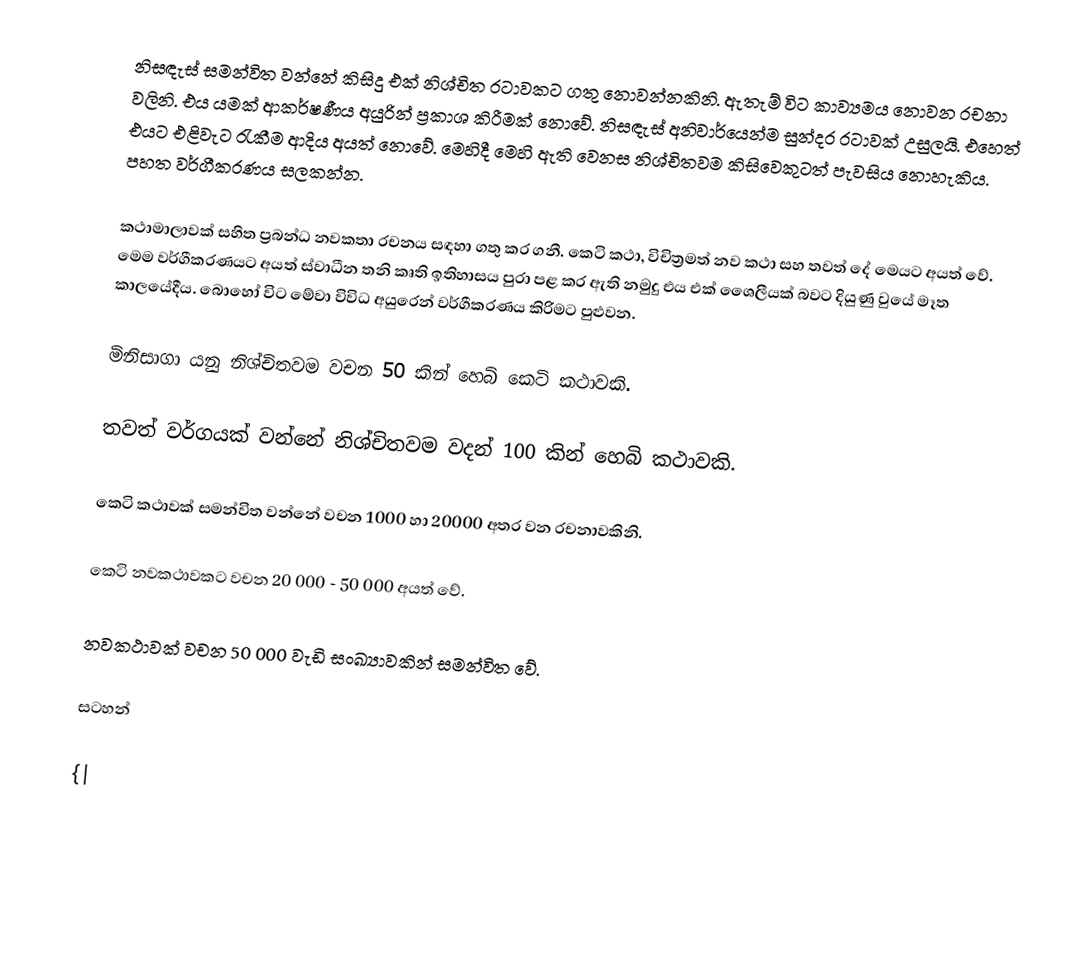
නිසඳැස් සමන්විත වන්නේ කිසිදු එක් නිශ්චිත රටාවකට ගතු නොවන්නකිනි. ඇතැම් විට කාව්‍යමය නොවන රචනා වලිනි. එය යමක් ආකර්ෂණීය අයුරින් ප්‍රකාශ කිරීමක් නොවේ. නිසඳැස් අනිවාර්යෙන්ම සුන්දර රටාවක් උසුලයි. එහෙත් එයට එළිවැට  රැකීම ආදිය අයත් නොවේ. මෙහිදී මෙහි ඇති වෙනස නිශ්චිතවම කිසිවෙකුටත් පැවසිය නොහැකිය. පහත වර්ගීකරණය සලකන්න.

කථාමාලාවක් සහිත ප්‍රබන්ධ නවකතා රචනය සඳහා ගතු කර ගනී. කෙටි කථා, විචිත්‍රමත් නව කථා සහ තවත් දේ මෙයට අයත් වේ. මෙම වර්ගීකරණයට අයත් ස්වාධීන තනි කෘති ඉතිහාසය පුරා පළ කර ඇති නමුදු එය එක් ශෛලීයක් බවට දියුණු වුයේ මෑත කාලයේදීය. බොහෝ විට මේවා විවිධ අයුරෙන් වර්ගීකරණය කිරිමට පුළුවන.

 මිනිසාගා යනු නිශ්චිතවම වචන 50 කින් හෙබි කෙටි කථාවකි.

 තවත් වර්ගයක් වන්නේ නිශ්චිතවම වදන් 100 කින් හෙබි කථාවකි.

 කෙටි කථාවක් සමන්විත වන්නේ වචන 1000 හා 20000 අතර වන රචනාවකිනි.

	කෙටි නවකථාවකට  වචන 20 000 - 50 000 අයත් වේ.

	නවකථාවක් වචන 50 000 වැඩි සංඛ්‍යාවකින් සමන්විත වේ.

සටහන්

{|